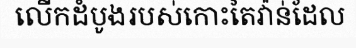
លើកដំបូងរបស់កោះតៃវ៉ាន់ដែល